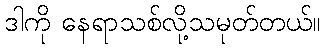
ဒါကို နေရာသစ်လို့သမုတ်တယ်။